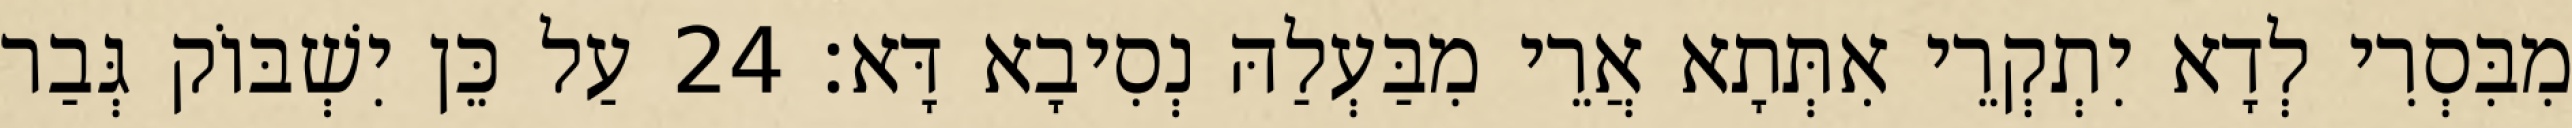
מִבִּסְרִי לְדָא יִתְקְרֵי אִתְּתָא אֲרֵי מִבַּעְלַהּ נְסִיבָא דָּא׃ 24 עַל כֵּן יִשְׁבּוֹק גְּבַר